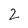
Character: 2